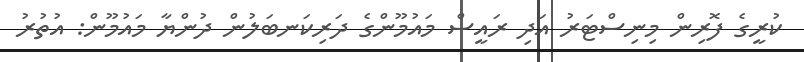
ކުރީގެ ފޮރިން މިނިސްޓަރު އަދި ރަައީސް މައުމޫންގެ ދަރިކަނބަލުން ދުންޔާ މައުމޫން: އުތުރު